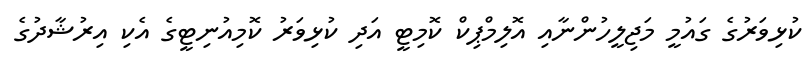
ކުޅިވަރުގެ ގައުމީ މަޖިލީހުންނާއި އޮލިމްޕިކް ކޮމިޓީ އަދި ކުޅިވަރު ކޮމިއުނިޓީގެ އެކި އިރުޝާދުގެ